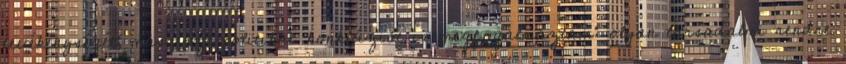
tevékenységét; másrészt politikai konklúziót is megfogalmaz­tam: olyan társadalmi rendre